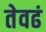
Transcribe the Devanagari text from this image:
तेवढं